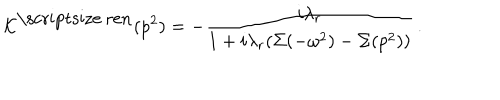
{ \cal K } ^ { \mathrm { \scriptsize ~ r e n } } ( p ^ { 2 } ) = - \frac { i \lambda _ { r } } { 1 + i \lambda _ { r } ( \Sigma ( - \omega ^ { 2 } ) - \Sigma ( p ^ { 2 } ) ) } \, .